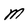
Character: M